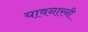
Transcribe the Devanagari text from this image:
यावनारनी